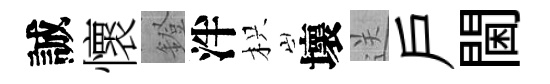
誠懷鐙泮枳壞送戸閫